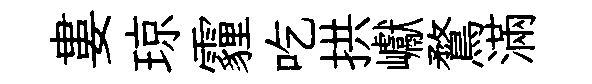
婁琼霾吃拱巘鶩滿